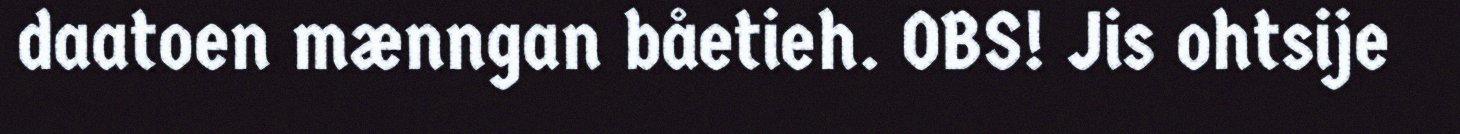
daatoen mænngan båetieh. OBS! Jis ohtsije